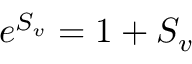
e ^ { S _ { v } } = 1 + S _ { v }